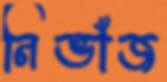
নিভাঁজ